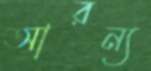
আরন্য